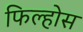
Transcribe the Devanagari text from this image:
फिल्होस